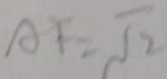
A F = \sqrt { 2 }